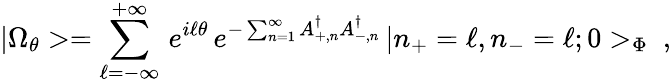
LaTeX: |\Omega_{\theta}>=\sum_{\ell=-\infty}^{+\infty}\, e^{i\ell\theta}\, e^{-\sum_{n=1}^{\infty}A_{+,n}^{\dagger}A_{-,n}^{\dagger}}\, |n_{+}=\ell,n_{-}=\ell;0>_{\Phi}\ ,